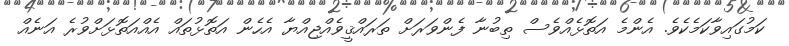
ކަމުގައިވާކަމެކެވެ. އެންމެ އަތޮޅެއްވެސް ތިބުނާ ފެންވަރަށް ތަރައްޤީވެއްޖިއްޔާ އެހެން އަތޮޅުތައް އެއްއަތޮޅަށްވުރެ އަނެއް